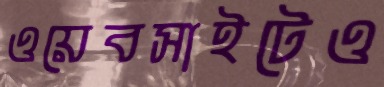
ওয়েবসাইটেও